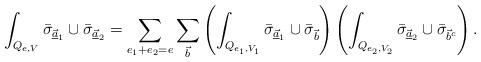
LaTeX: \begin{align*}\int_{Q_{e,V}} \bar{\sigma}_{\underline{\vec{a}}_1} \cup \bar{\sigma}_{\underline{\vec{a}}_2}= \sum_{e_1 + e_2 = e} \sum_{\vec{b}} \left( \int_{Q_{e_1,V_1}}\bar{\sigma}_{\underline{\vec{a}}_1} \cup \bar{\sigma}_{\vec{b}} \right) \left( \int_{Q_{e_2,V_2}}\bar{\sigma}_{\underline{\vec{a}}_2} \cup \bar{\sigma}_{\vec{b}^c} \right).\end{align*}